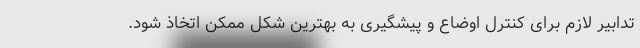
تدابیر لازم برای کنترل اوضاع و پیشگیری به بهترین شکل ممکن اتخاذ شود.